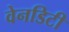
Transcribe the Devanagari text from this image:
वेनडिटी